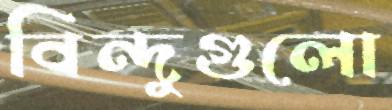
বিন্দুগুলো